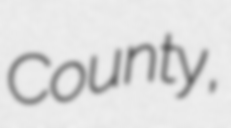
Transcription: County,